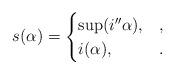
LaTeX: \begin{align*}s(\alpha)=\begin{cases} \sup(i''\alpha), & , \\ i(\alpha), & . \end{cases}\end{align*}